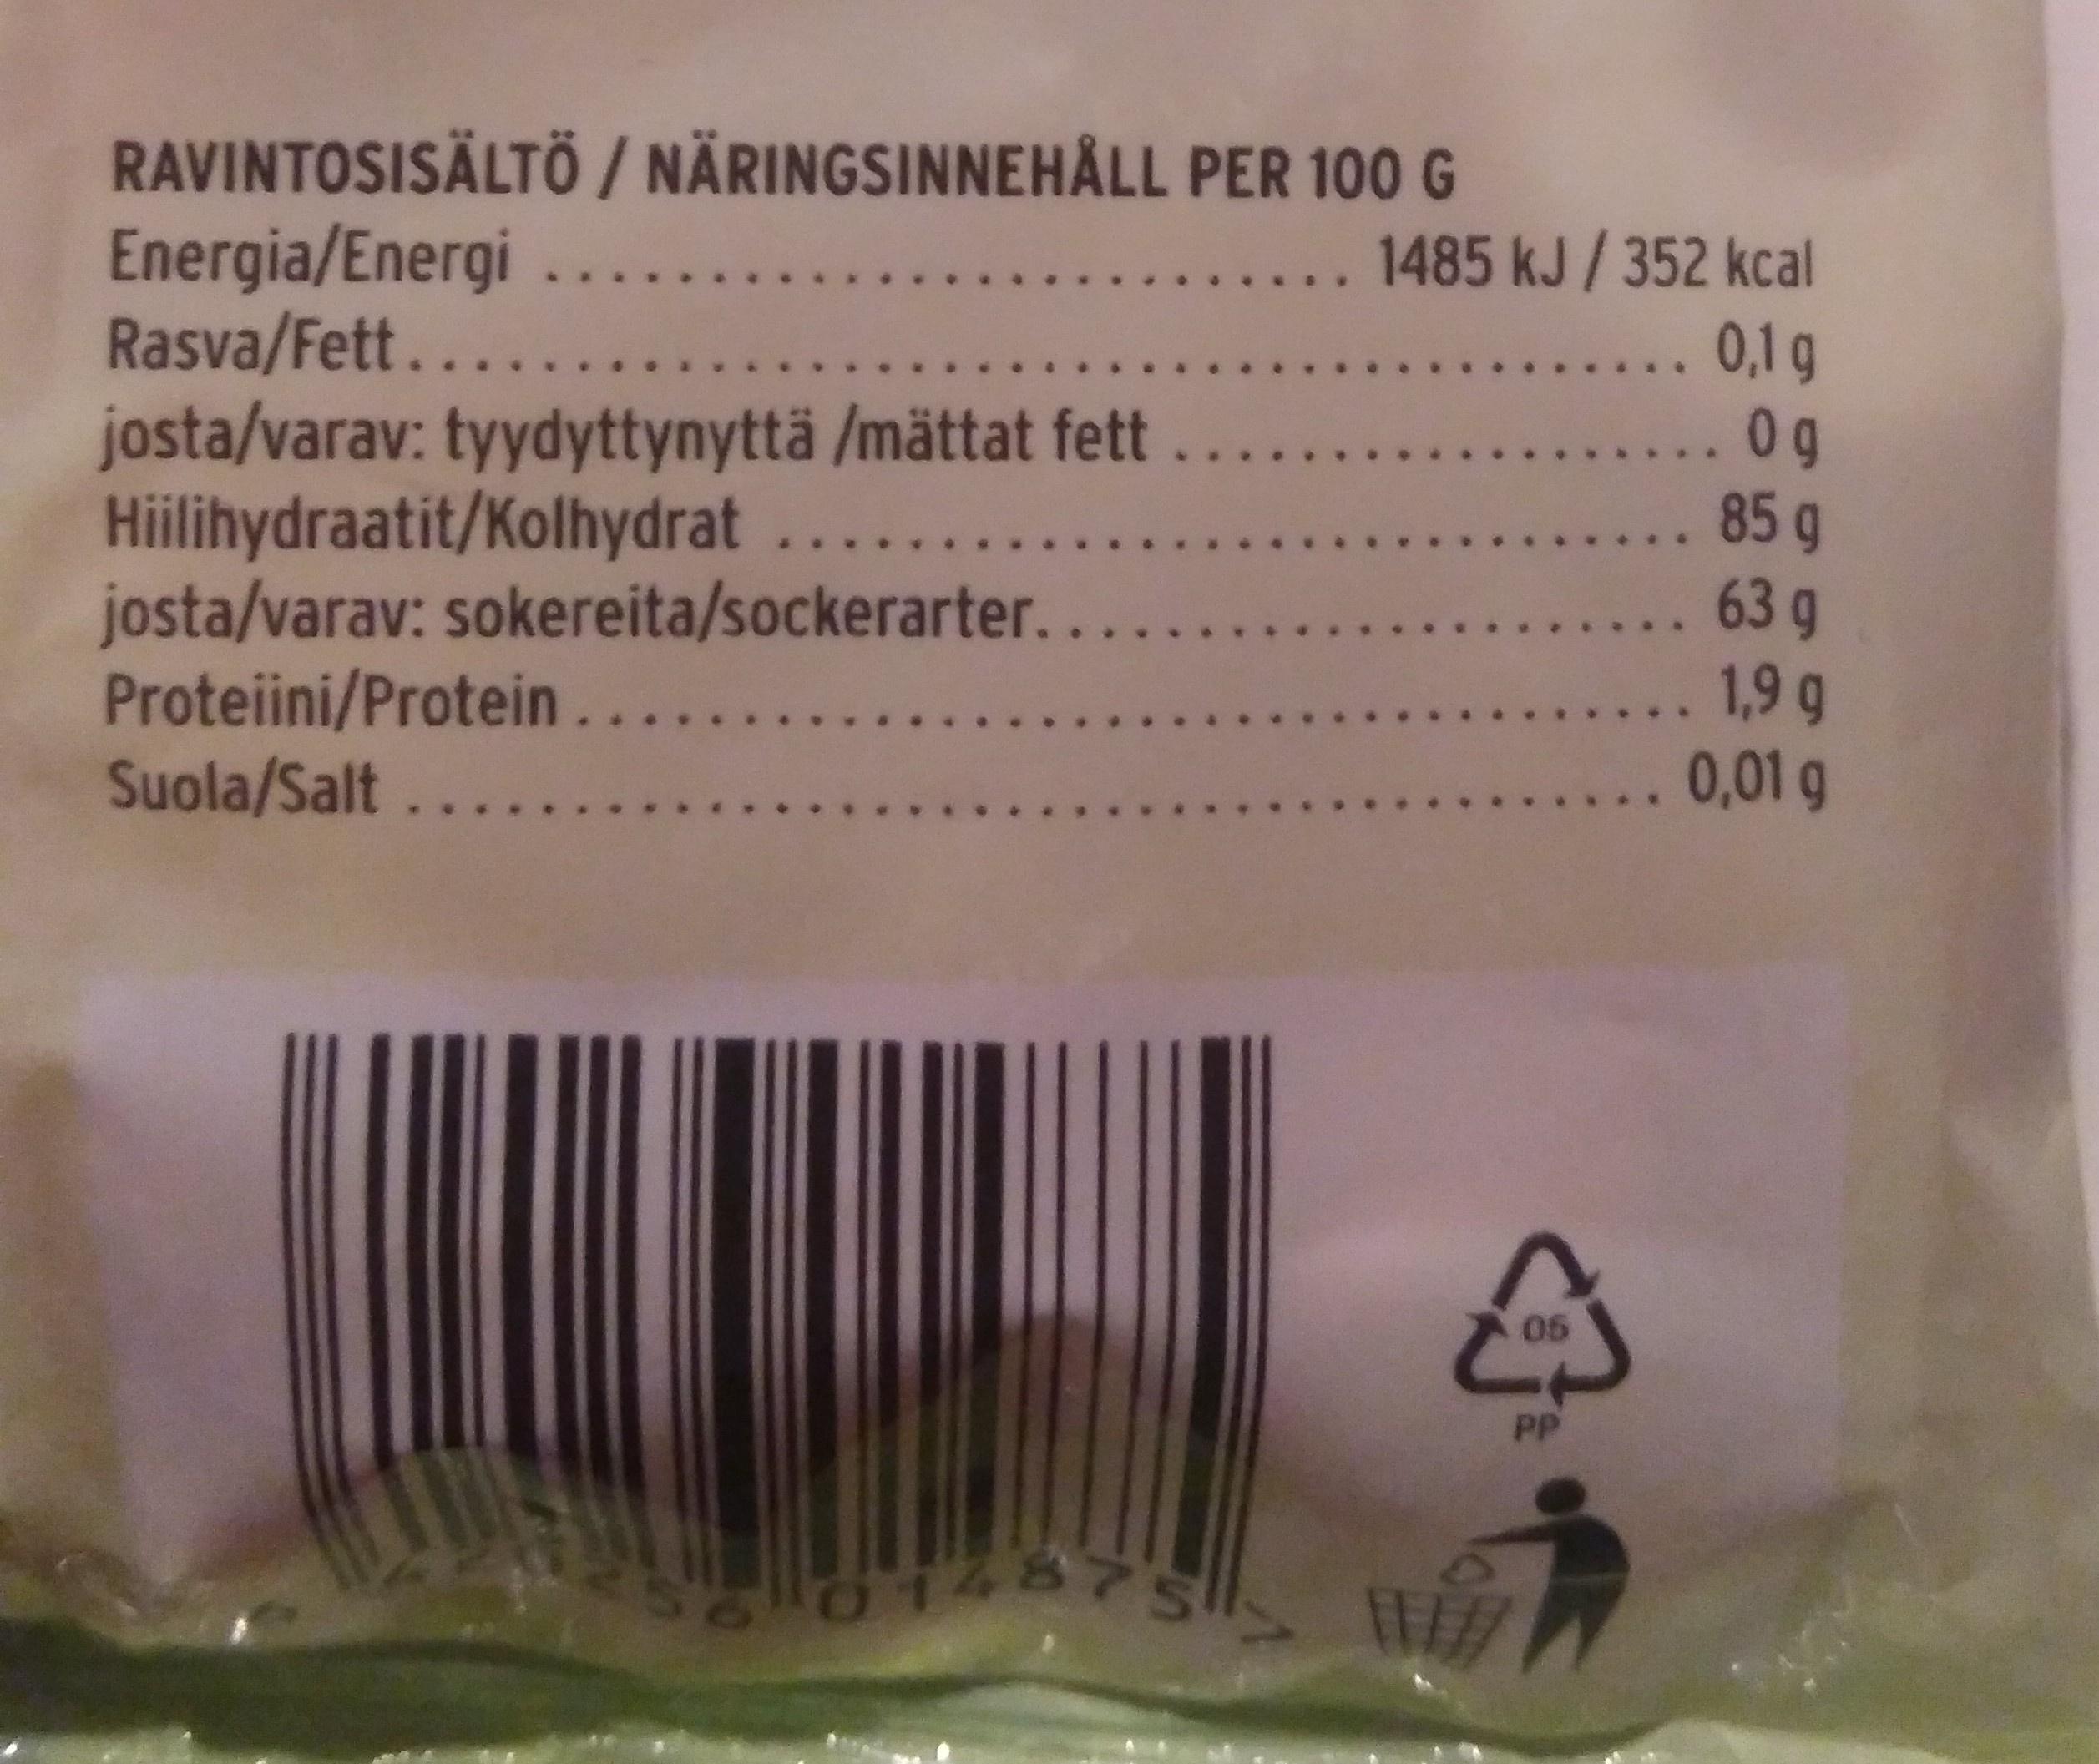
RAVINTOSISÄLTÖ / NÄRINGSINNEHÅLL PER 100 G Energia/Energi Rasva/Fett....
1485 kJ/352 kcal
. 0,1g ...0g
josta/varav: tyydyttynyttä /mättat fett.. Hiilihydraatit/Kolhydrat ... josta/varav: sokereita/sockerarter.. Proteiini/Protein..... Suola/Salt..
... 85 g ... 63 g ... 1,9 g ... 0,01 g
05
PP
014875